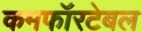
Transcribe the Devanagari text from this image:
कमफॉरटेबल